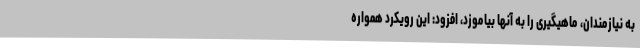
به نیازمندان، ماهیگیری را به آنها بیاموزد، افزود: این رویکرد همواره